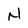
Character: N